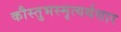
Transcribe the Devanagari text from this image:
कौस्तुभस्मृत्यर्थसार